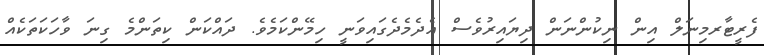
ފެރީޓާރމިނަލް އިން ނިކުންނަން ދިޔައިރުވެސް އެދެމެދެގައިވަނީ ހިމޭންކަމެވެ. ދައްކަން ކިތަންމެ ގިނަ ވާހަކަތަކެއް